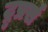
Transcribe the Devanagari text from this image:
ट्रुप्रर्स